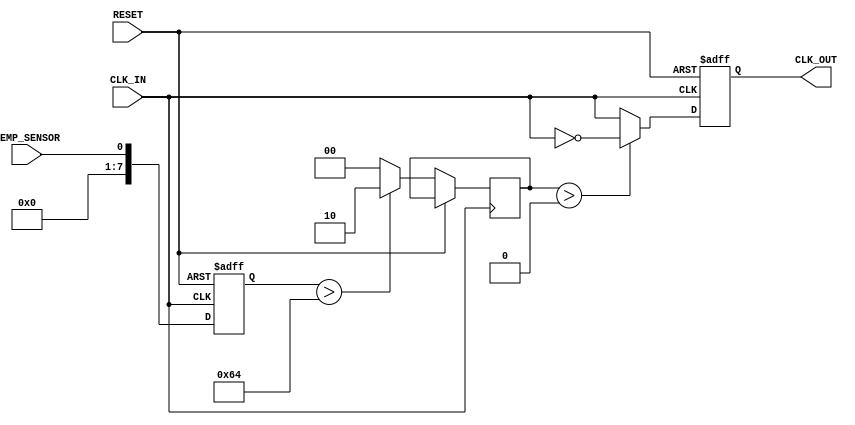
module TempCompensatedClockBuffer (
    input wire CLK_IN,       // Input clock signal
    input wire TEMP_SENSOR,  // Temperature sensor signal (digital approximation)
    input wire RESET,        // Reset signal for initialization
    output reg CLK_OUT       // Output clock signal
);

// Parameters for compensation logic (dummy values for example)
parameter THRESHOLD_TEMP = 8'b01100100; // Example threshold for temperature
parameter COMPENSATION_FACTOR = 2;       // Example compensation factor

reg [7:0] current_temp;   // Register to hold the current temperature value
reg clk_out_en;           // Enable signal for output clock
reg [1:0] compensation_delay;  // Dynamic delay to adjust based on temperature

// State Machine for clock buffer control
always @(posedge CLK_IN or posedge RESET) begin
    if (RESET) begin
        current_temp <= 0;         // Reset temperature register
        clk_out_en <= 0;           // Disable output clock initially
        CLK_OUT <= 0;              // Reset output clock
    end else begin
        // Sample temperature sensor signal (for simulation)
        current_temp <= TEMP_SENSOR;

        // Compensation logic
        if (current_temp > THRESHOLD_TEMP) begin
            compensation_delay <= COMPENSATION_FACTOR; // Faster compensation
        end else begin
            compensation_delay <= 0; // No compensation needed
        end

        // Generate compensated clock output
        if (compensation_delay > 0) begin
            // Apply compensation logic (example simplification)
            // You can add further logic to adjust CLK_OUT timing based on actual FPGA capabilities
            CLK_OUT <= ~CLK_IN; // Simple clock inversion for demonstration
        end else begin
            CLK_OUT <= CLK_IN;   // Pass-through clock if no compensation needed
        end
    end
end

endmodule